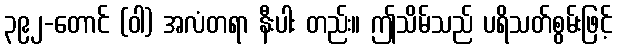
၃၉၂-တောင် (ဝါ) အလံတရာ နီးပါး တည်း။ ဤသိမ်သည် ပရိသတ်စွမ်းဖြင့်